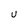
Character: U